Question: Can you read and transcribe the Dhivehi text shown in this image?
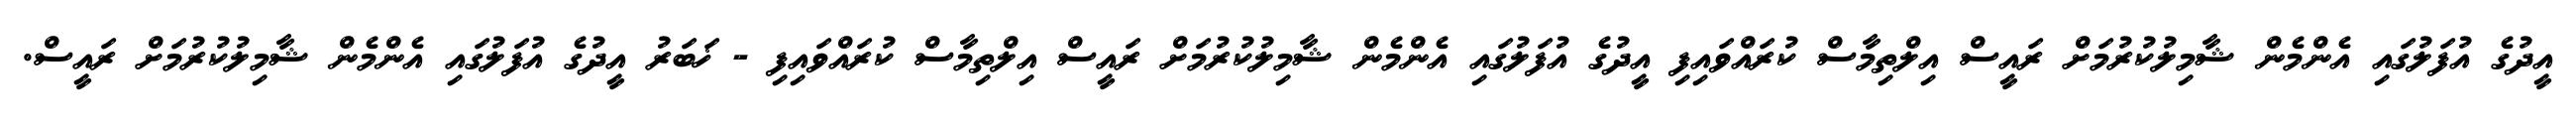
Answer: އީދުގެ އުފަލުގައި އެންމެން ޝާމިލުކުރުމަށް ރައީސް އިލްތިމާސް ކުރައްވައިފި އީދުގެ އުފަލުގައި އެންމެން ޝާމިލުކުރުމަށް ރައީސް އިލްތިމާސް ކުރައްވައިފި - ޚަބަރު އީދުގެ އުފަލުގައި އެންމެން ޝާމިލުކުރުމަށް ރައީސް.